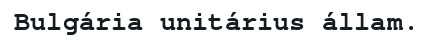
Bulgária unitárius állam.